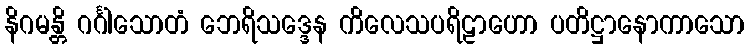
နိဂမန္တိ ဂင်္ဂါသောတံ ဘေရိသဒ္ဒေန ကိလေသပရိဠာဟော ပတိဋ္ဌာနောကာသော